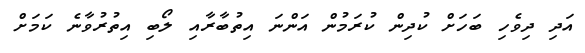
އަދި ދިވެހި ބަހަށް ކުދިން ކުރަމުން އަންނަ އިތުބާރާއި ލޯބި އިތުރުވާނެ ކަމަށް